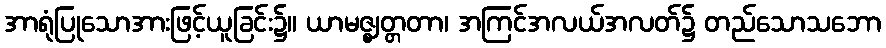
အာရုံပြုသောအားဖြင့်ယူခြင်း၌။ ယာမဇ္ဈတ္တတာ၊ အကြင်အလယ်အလတ်၌ တည်သောသဘော